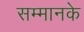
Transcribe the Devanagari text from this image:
सम्मानके